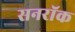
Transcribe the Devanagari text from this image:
सनरॉक